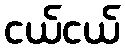
ငယ်ငယ်